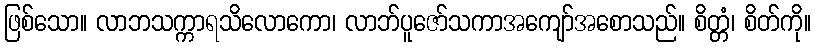
ဖြစ်သော။ လာဘသက္ကာရသိလောကော၊ လာဘ်ပူဇော်သကာအကျော်အစောသည်။ စိတ္တံ၊ စိတ်ကို။